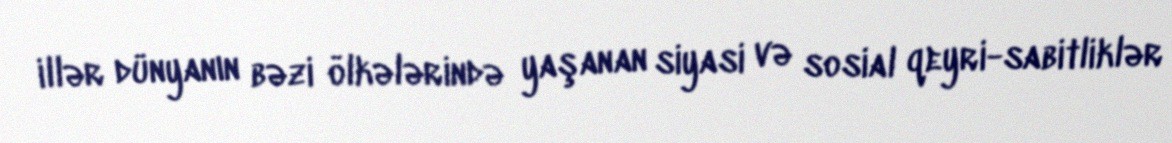
illər dünyanın bəzi ölkələrində yaşanan siyasi və sosial qeyri-sabitliklər